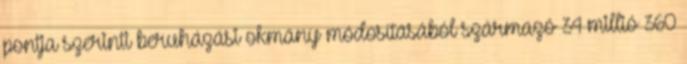
pontja szerinti beruházási okmány módosításából származó 34 millió 360